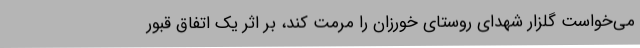
می‌خواست گلزار شهدای روستای خورزان را مرمت کند، بر اثر یک اتفاق قبور